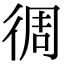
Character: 徟